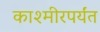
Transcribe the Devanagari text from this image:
काश्मीरपर्यंत